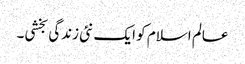
عالم اسلام کو ایک نئی زندگی بخشی۔